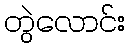
တွဲလောင်း